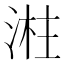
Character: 㴤